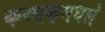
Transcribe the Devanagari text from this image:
कथ्थकमधले